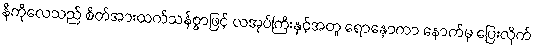
နီကိုလေသည် စိတ်အားထက်သန်စွာဖြင့် လအုပ်ကြီးနှင့်အတူ ရောနှောကာ နောက်မှ ပြေးလိုက်